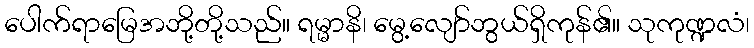
ပေါက်ရာမြေအဘို့တို့သည်။ ရမ္မာနိ၊ မွေ့လျော်ဘွယ်ရှိကုန်၏။ သုကုဏ္ဍလံ၊